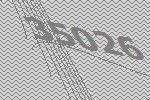
35026